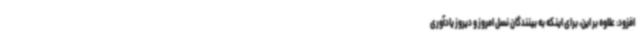
افزود: علاوه بر این، برای اینکه به بینندگان نسل امروز و دیروز یادآوری